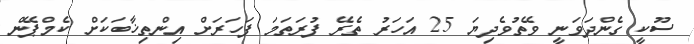
ސޫކީ ގެންދަވަނީ ވޭތުވެދިޔަ 25 އަހަރު ތެރޭ ފުރަތަމަ ފަހަރަށް އިންތިޚާބަކަށް ކެމްޕޭން